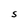
Character: S